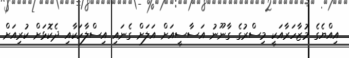
އިއްޔެގެ މުޒާހަރާއަކީ މިސްރުގެ ގާނޫނު އަސާސީއަށް އަލަށް ގެނައި އިސްލާހަކާއި ދެކޮޅަށް ކުރިއަށް